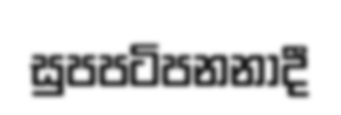
සුපපටිපනනාදී